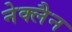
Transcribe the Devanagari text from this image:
नेक्लैन